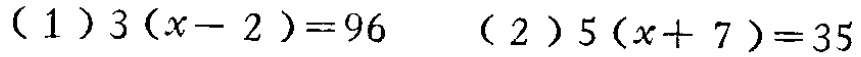
(1) \(3(x - 2)=96\)  (2) \(5(x + 7)=35\)